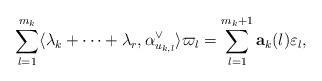
LaTeX: \begin{align*}\sum_{l=1}^{m_k} \langle \lambda_k+\cdots+\lambda_r,\alpha_{u_{k,l}}^{\vee} \rangle\varpi_l = \sum_{l=1}^{m_k +1}\mathbf{a}_k(l) \varepsilon_l,\end{align*}